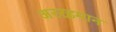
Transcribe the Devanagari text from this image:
अररहमान